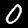
Digit: 0